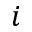
i